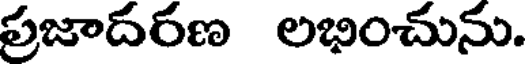
ప్రజాదరణ లభించును.